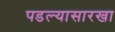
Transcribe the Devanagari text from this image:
पडल्यासारखा